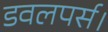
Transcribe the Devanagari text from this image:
डवलपर्स।